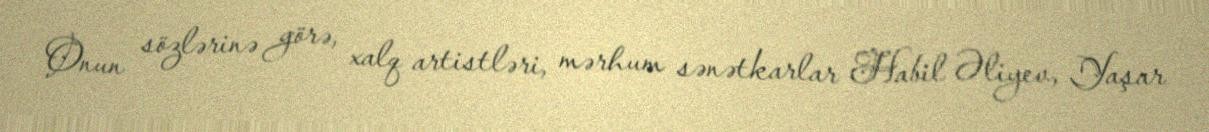
Onun sözlərinə görə, xalq artistləri, mərhum sənətkarlar Habil Əliyev, Yaşar